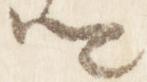
卿